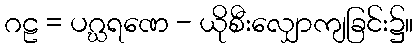
ဂဠ = ပဂ္ဃရဏေ - ယိုစီးလျှောကျခြင်း၌။